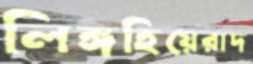
লিঙ্গহিয়েরাদ